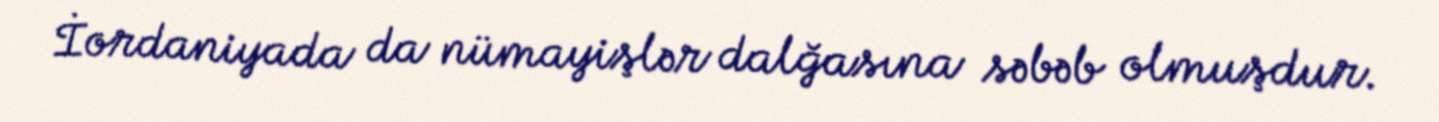
İordaniyada da nümayişlər dalğasına səbəb olmuşdur.